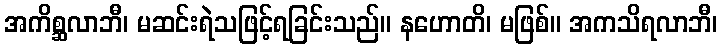
အကိစ္ဆလာဘီ၊ မဆင်းရဲသဖြင့်ရခြင်းသည်။ နဟောတိ၊ မဖြစ်။ အကသိရလာဘီ၊